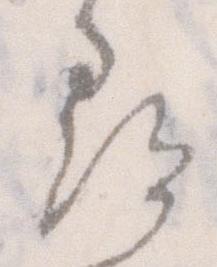
尋